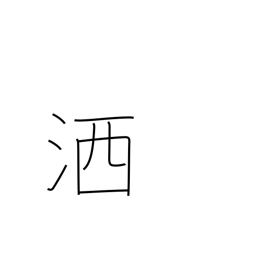
Meaning: wash